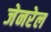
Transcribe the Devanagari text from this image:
जेनरेल